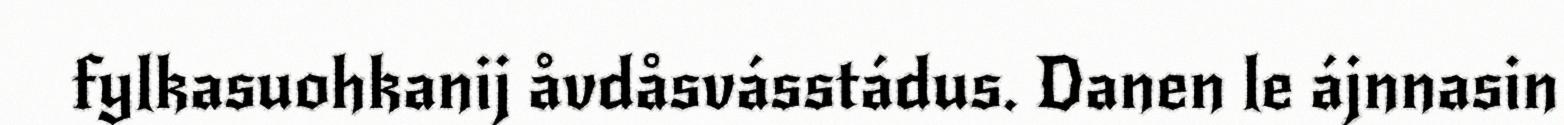
fylkasuohkanij åvdåsvásstádus. Danen le ájnnasin